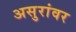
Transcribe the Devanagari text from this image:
असुरांवर